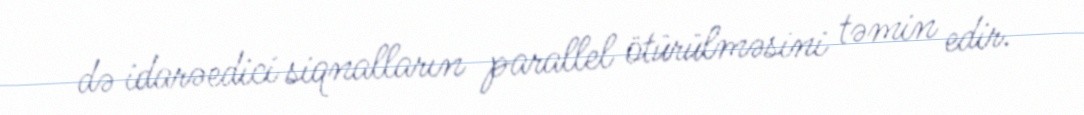
də idarəedici siqnalların parallel ötürülməsini təmin edir.